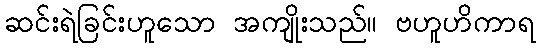
ဆင်းရဲခြင်းဟူသော အကျိုးသည်။ ဗဟူဟိကာရ